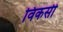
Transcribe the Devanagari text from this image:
विकसी